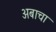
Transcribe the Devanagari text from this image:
अबाचा